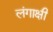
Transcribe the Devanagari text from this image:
लंगाक्षी